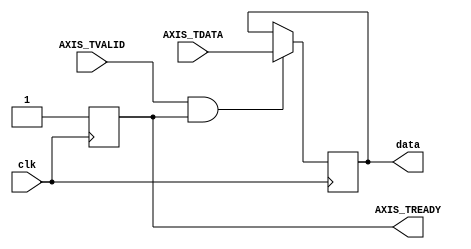
//===================================================================================================
//                            ------->  Revision History  <------
//===================================================================================================
//
//   Date     Who   Ver  Changes
//===================================================================================================
// 25-Oct-22  DWW  1000  Initial creation
//===================================================================================================


module axis_consumer#
(
    parameter DATA_WIDTH  = 256
) 
(
    input clk,
    output reg[DATA_WIDTH-1:0] data,

    //========================  AXI Stream interface for the input side  ============================
    input[DATA_WIDTH-1:0]    AXIS_TDATA,
    input                    AXIS_TVALID,
    output reg               AXIS_TREADY
    //===============================================================================================

);

always @(posedge clk) begin
    AXIS_TREADY <= 1;
    if (AXIS_TVALID & AXIS_TREADY) data <= AXIS_TDATA;
end


endmodule